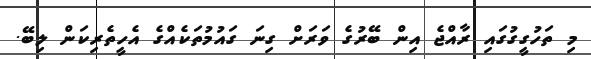
މި ތަހުގީގުގައި ރާއްޖެ އިން ބޭރުގެ ވަރަށް ގިނަ ގައުމުތަކެއްގެ އެހީތެރިކަން ލިބޭ.